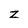
Character: z